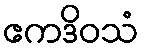
ဧကဒိဝသံ